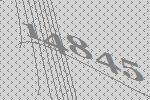
14845